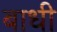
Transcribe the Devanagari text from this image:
बाधी